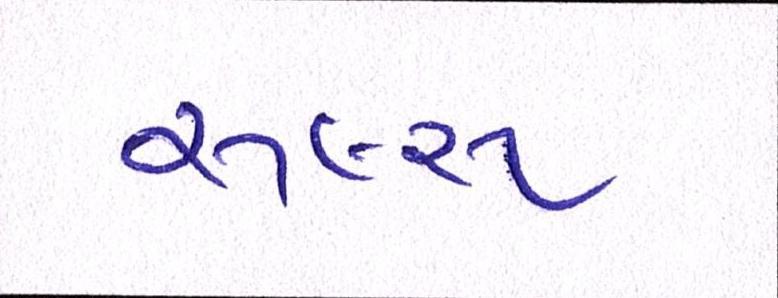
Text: રૂલ્સ